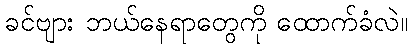
ခင်ဗျား ဘယ်နေရာတွေကို ထောက်ခံလဲ။